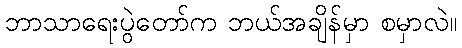
ဘာသာရေးပွဲတော်က ဘယ်အချိန်မှာ စမှာလဲ။